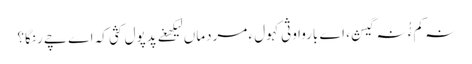
نہ کم ءُُ نہ گیش، اے باروا وثی کہول ءِ مردماں لیکھغے پدپول کثی کہ اے چے رنگا؟